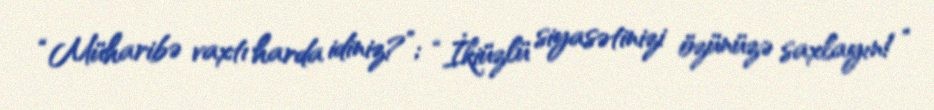
“Müharibə vaxtı harda idiniz?”; “İkiüzlü siyasətinizi özünüzə saxlayın!”